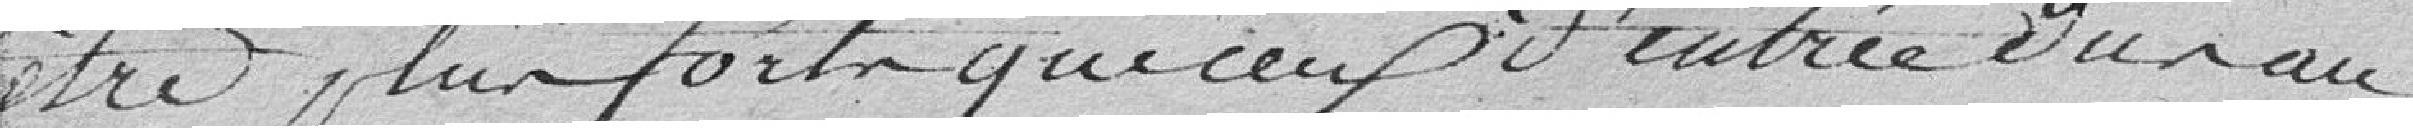
être plus forts que ceux d'entrée dus au